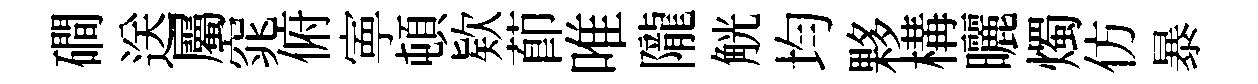
磵送屬窕俯寕頓欵莭唯隴觥均夥構曬燭仿暴